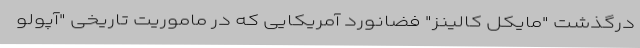
درگذشت "مایکل کالینز" فضانورد آمریکایی که در ماموریت تاریخی "آپولو